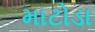
માટોડા